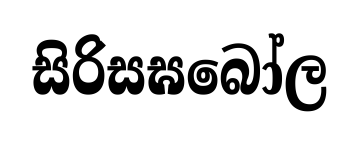
සිරිසඝබෝල